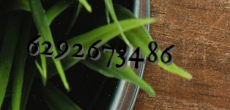
6292673486